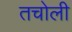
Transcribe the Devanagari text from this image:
तचोली